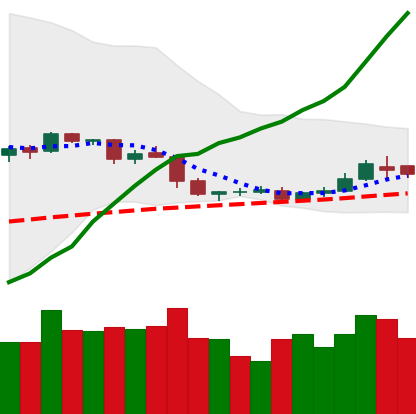
Ticker: DOGE-USD
Chart end date: 2019-05-05
Forward return: -4.938%
Label: down_3_5